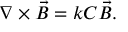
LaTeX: \nabla \times \vec { B } = k C \vec { B } .